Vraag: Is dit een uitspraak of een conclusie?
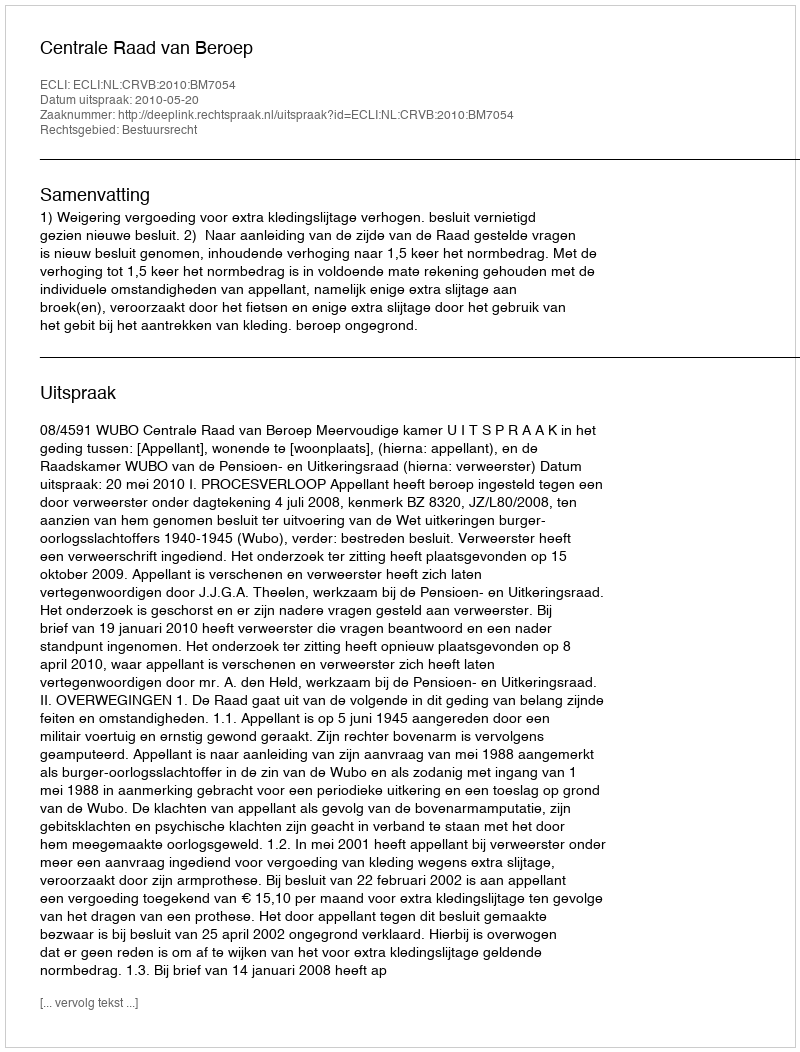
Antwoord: Uitspraak